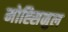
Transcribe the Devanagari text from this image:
मोह्सिनुल